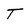
Character: t